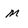
Character: M